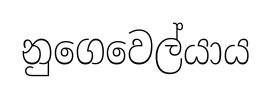
නුගෙවෙල්යාය